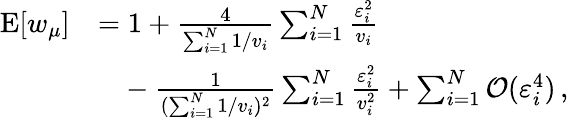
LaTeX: \begin{array}{rl}{\mathrm{E}[w_{\mu}]}&{=1+\frac{4}{\sum_{i=1}^{N}1/v_{i}}\sum_{i=1}^{N}\frac{\varepsilon_{i}^{2}}{v_{i}}}\\ &{\phantom{{=}}-\frac{1}{(\sum_{i=1}^{N}1/v_{i})^{2}}\sum_{i=1}^{N}\frac{\varepsilon_{i}^{2}}{v_{i}^{2}}+\sum_{i=1}^{N}\mathcal{O}(\varepsilon_{i}^{4})\, ,}\end{array}